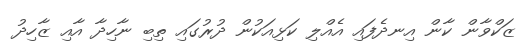
ޒަކްވާން ކާން އިނދެފައި އެއްލި ކަޅިއަކުން ދުރުގައި ތިބި ނާހިދާ އާއި ޒާހިދު